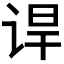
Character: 𬣸